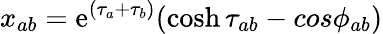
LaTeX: x_{ab}=\mathrm{e}^{(\tau_{a}+\tau_{b})}(\cosh\tau_{ab}-cos\phi_{ab})